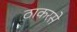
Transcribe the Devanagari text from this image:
ठाकरसे